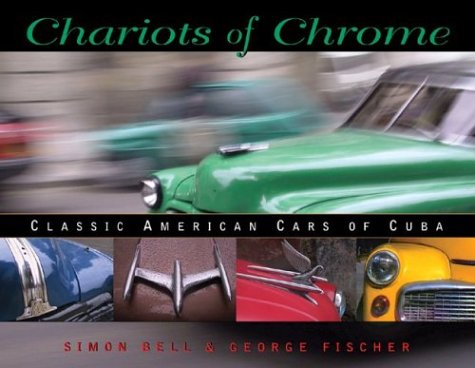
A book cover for Chariots of Chrome: Classic American Cars of Cuba; Simon Bell; Travel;